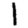
Digit: 1